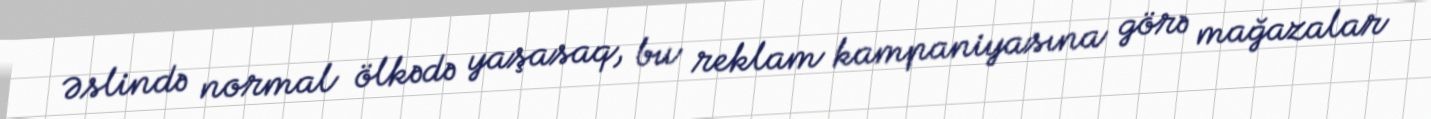
Əslində normal ölkədə yaşasaq, bu reklam kampaniyasına görə mağazalar